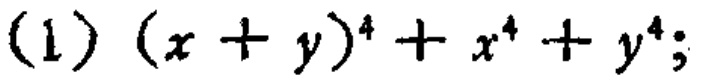
(1) \((x + y)^{4}+x^{4}+y^{4}\);